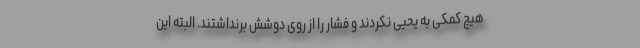
هیچ کمکی به یحیی نکردند و فشار را از روی دوشش برنداشتند. البته این